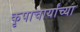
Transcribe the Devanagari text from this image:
कृपाचार्यांच्या